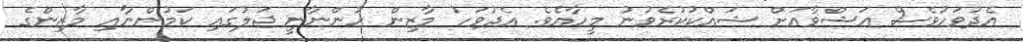
އެދުވަހުވެސް އަޝްވާއަށް ޝައްކުކުރެވުނު މީހާއެވެ. އެދުވަހު މާޒިން ހުންނާނީ ޖަލުގައި ކަމުންނާއި މާޒިންގެ